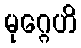
မုဂ္ဂေဟိ